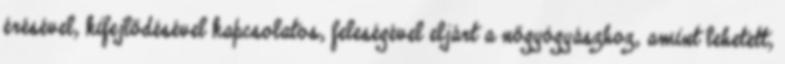
érésével, kifejlődésével kapcsolatos, feleségével eljárt a nőgyógyászhoz, amint lehetett,